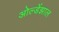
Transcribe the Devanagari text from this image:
ओल्डेंझाल